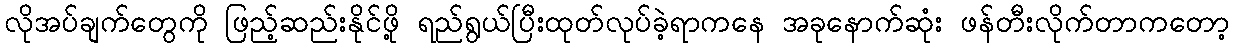
လိုအပ်ချက်တွေကို ဖြည့်ဆည်းနိုင်ဖို့ ရည်ရွယ်ပြီးထုတ်လုပ်ခဲ့ရာကနေ အခုနောက်ဆုံး ဖန်တီးလိုက်တာကတော့